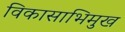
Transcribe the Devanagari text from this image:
विकासाभिमुख